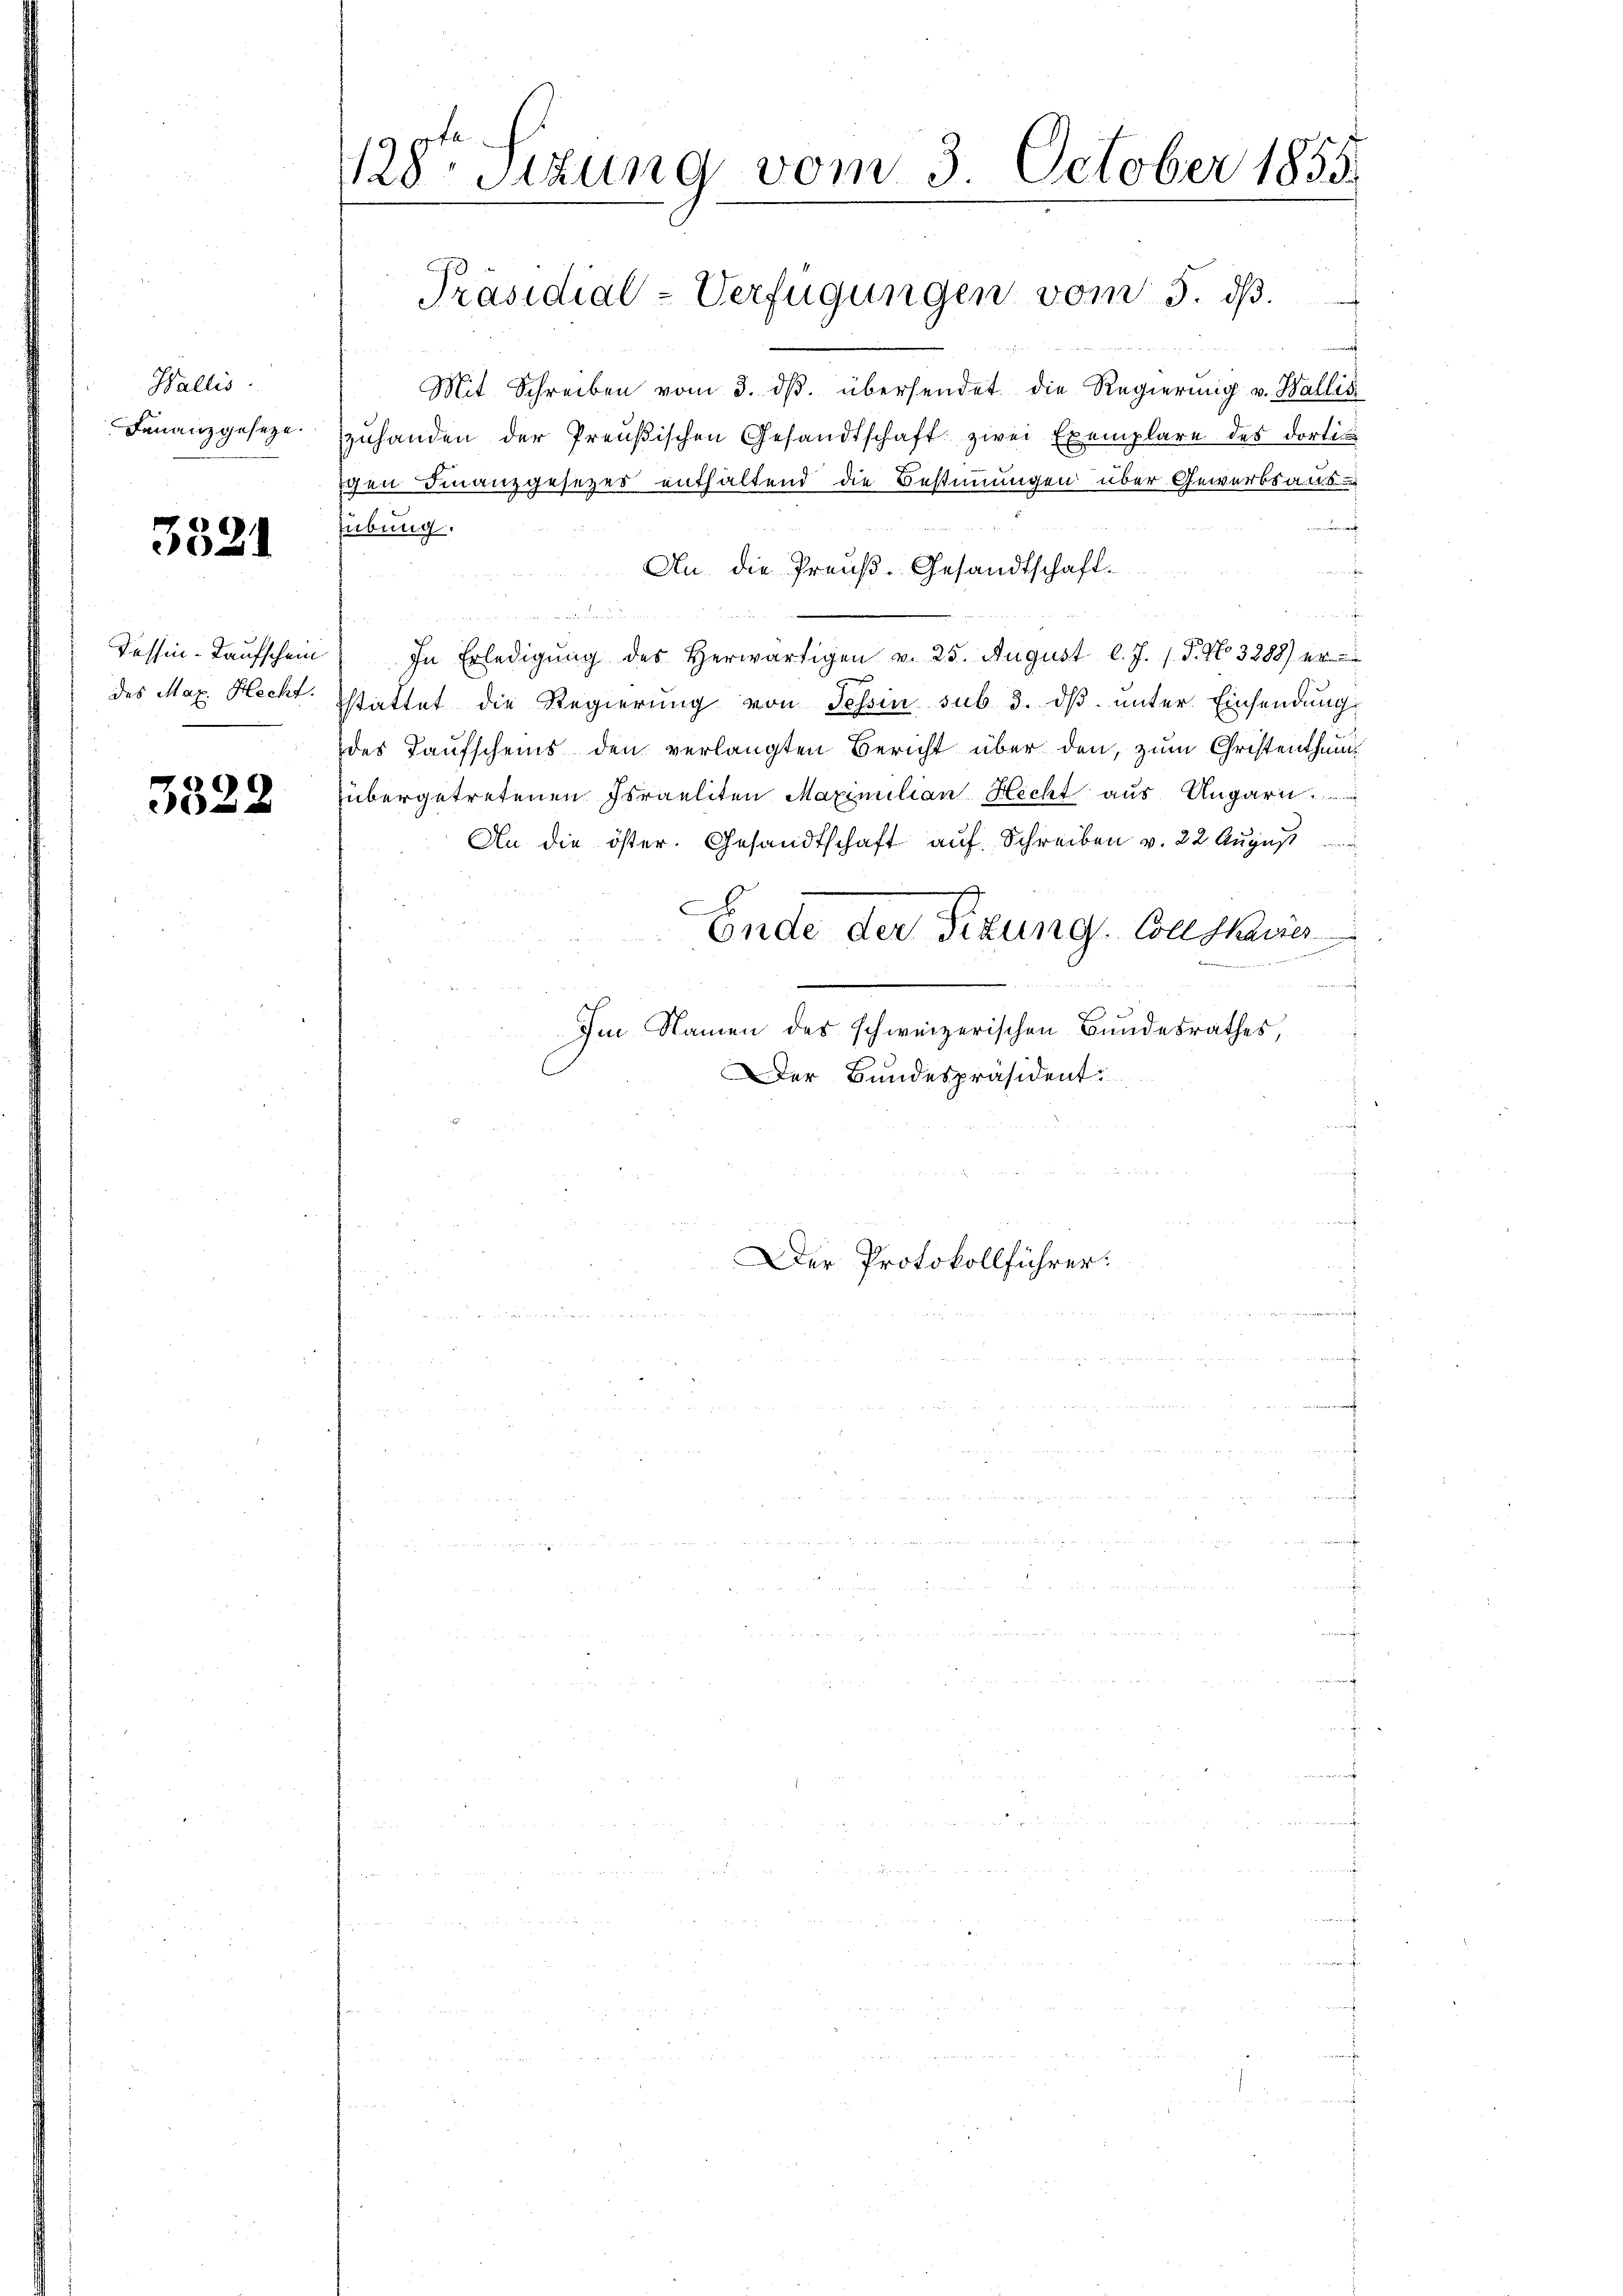
Wallis.
Finanzgesetze.

3521

Tessin-Laufschein
des Max Hecht.

3322

128. Sitzung vom 3. October 1855.

Mit Schreiben vom 3. ds. übersendet die Regierung v. Wallis
zuhanden der Preußischen Gesandtschaft zwei Exemplare des dortis
igen Finanzgesetzes enthaltend die Bestimmungen über Gewerbsausringen eineren werd
übung.
An. die Preuß. Gesandtschaft.
.

2
In Erledigung des Herwärtigen v. 25. August l. J. J. P. No. 3288)
stattet die Regierung von Tessin sub 3. ds unter Einsendung
des Taufscheins den verlangten Bericht über den, zum Christenthum
übergetretenen Israeliten Maximilian Hecht aus Ungarn .......
An die öster. Gesandtschaft auf Schreiben v. 22. August
Ende der Fizung Conskrie
Im Namen des schweizerischen Bundesrathes,
Der Bundespräsident.

Präsidial-Verfügungen vom 5. dβ.

Der Protokollführer:

f